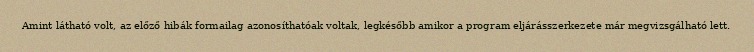
Amint látható volt, az előző hibák formailag azonosíthatóak voltak, legkésőbb amikor a program eljárásszerkezete már megvizsgálható lett.